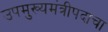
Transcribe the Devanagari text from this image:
उपमुख्यमंत्रीपदाचा